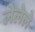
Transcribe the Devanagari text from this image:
लेलेले